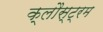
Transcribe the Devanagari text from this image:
क्लौस्ट्रम